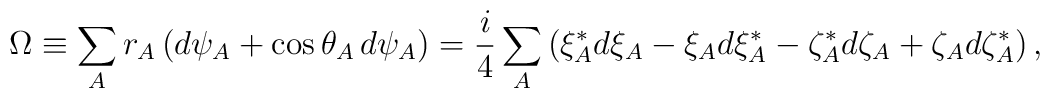
\Omega\equiv \sum_A r_A\,(d\psi_A+\cos\theta_A\,d\psi_A)=\frac{i}{4}\sum_A \left(\xi_A^*d\xi_A-\xi_Ad\xi_A^*-\zeta_A^*d\zeta_A+\zeta_Ad\zeta_A^*\right),